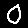
Digit: 0